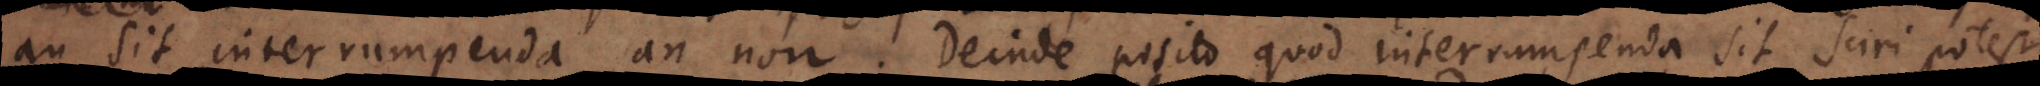
an sit interrumpenda an non. Deinde posito quod interrumpenda sit sciri potest